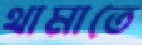
থামাতে